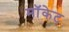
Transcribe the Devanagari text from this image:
मॉकेट